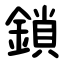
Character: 鎖